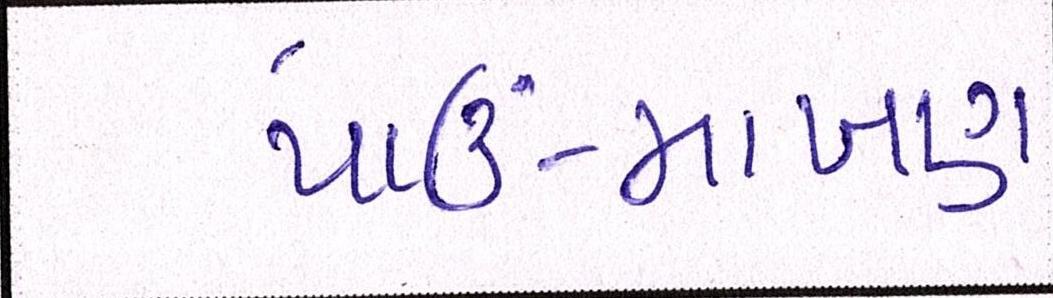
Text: પાઉં-માખણ